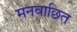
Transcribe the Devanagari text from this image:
मनवाछित